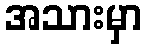
အသားမှာ